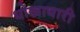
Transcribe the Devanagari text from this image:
धोखाधारी